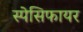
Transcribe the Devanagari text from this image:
स्पेसिफायर